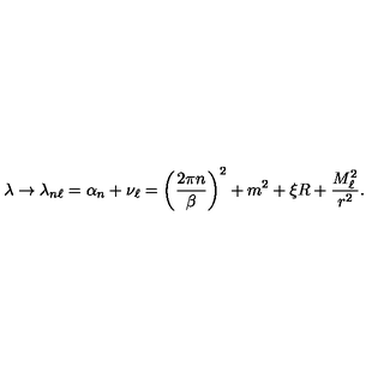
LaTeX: \lambda \rightarrow \lambda _ { n \ell } = \alpha _ { n } + \nu _ { \ell } = \left( \frac { 2 \pi n } { \beta } \right) ^ { 2 } + m ^ { 2 } + \xi R + \frac { M _ { \ell } ^ { 2 } } { r ^ { 2 } } .